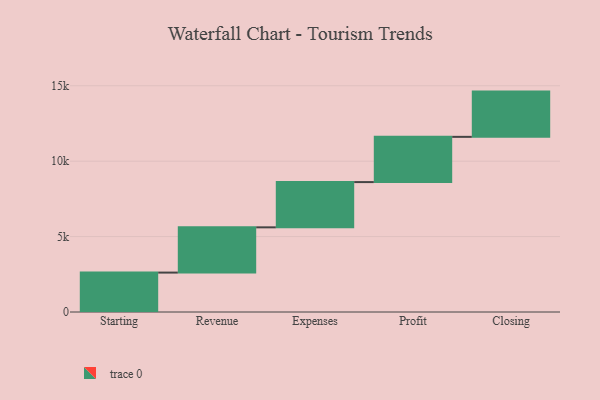
{"axis": {"x": "Step", "y": "Value"}, "legend": [""], "data": [{"x": "Starting", "y": 2613.0, "type": ""}, {"x": "Revenue", "y": 3000, "type": ""}, {"x": "Expenses", "y": 3000, "type": ""}, {"x": "Profit", "y": 3000, "type": ""}, {"x": "Closing", "y": 3000, "type": ""}]}